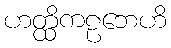
ဟတ္ထိကဠဘေဟိ